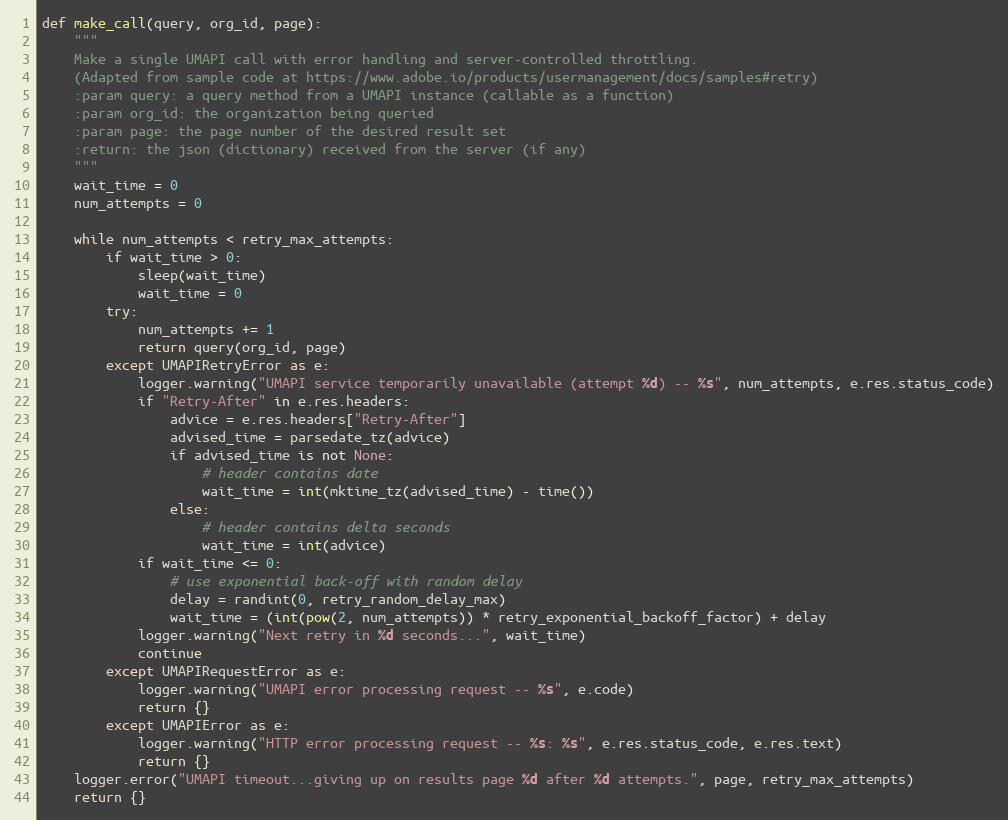
Language: Python
def make_call(query, org_id, page):
    """
    Make a single UMAPI call with error handling and server-controlled throttling.
    (Adapted from sample code at https://www.adobe.io/products/usermanagement/docs/samples#retry)
    :param query: a query method from a UMAPI instance (callable as a function)
    :param org_id: the organization being queried
    :param page: the page number of the desired result set
    :return: the json (dictionary) received from the server (if any)
    """
    wait_time = 0
    num_attempts = 0

    while num_attempts < retry_max_attempts:
        if wait_time > 0:
            sleep(wait_time)
            wait_time = 0
        try:
            num_attempts += 1
            return query(org_id, page)
        except UMAPIRetryError as e:
            logger.warning("UMAPI service temporarily unavailable (attempt %d) -- %s", num_attempts, e.res.status_code)
            if "Retry-After" in e.res.headers:
                advice = e.res.headers["Retry-After"]
                advised_time = parsedate_tz(advice)
                if advised_time is not None:
                    # header contains date
                    wait_time = int(mktime_tz(advised_time) - time())
                else:
                    # header contains delta seconds
                    wait_time = int(advice)
            if wait_time <= 0:
                # use exponential back-off with random delay
                delay = randint(0, retry_random_delay_max)
                wait_time = (int(pow(2, num_attempts)) * retry_exponential_backoff_factor) + delay
            logger.warning("Next retry in %d seconds...", wait_time)
            continue
        except UMAPIRequestError as e:
            logger.warning("UMAPI error processing request -- %s", e.code)
            return {}
        except UMAPIError as e:
            logger.warning("HTTP error processing request -- %s: %s", e.res.status_code, e.res.text)
            return {}
    logger.error("UMAPI timeout...giving up on results page %d after %d attempts.", page, retry_max_attempts)
    return {}